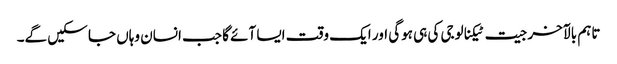
تاہم بالآخر جیت ٹیکنالوجی کی ہی ہوگی اور ایک وقت ایسا آئے گا جب انسان وہاں جا سکیں گے۔